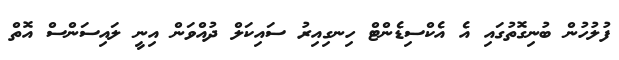
ފުލުހުން ބުނިގޮތުގައި އެ އެކްސިޑެންޓް ހިނގިއިރު ސައިކަލް ދުއްވަން އިނީ ލައިސަންސް އޮތް